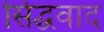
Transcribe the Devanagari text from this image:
सिद्धवाद